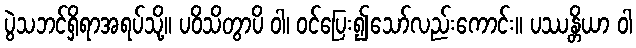
ပွဲသဘင်ရှိရာအရပ်သို့။ ပဝိသိတွာပိ ဝါ၊ ဝင်ပြေး၍သော်လည်းကောင်း။ ပဿန္တိယာ ဝါ